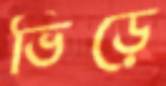
ভিড়ে